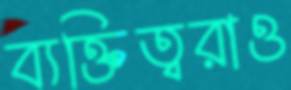
ব্যক্তিত্বরাও